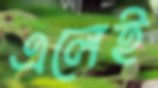
এলেই